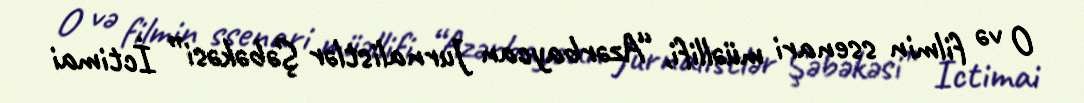
O və filmin ssenari müəllifi, “Azərbaycan Jurnalistlər Şəbəkəsi” İctimai